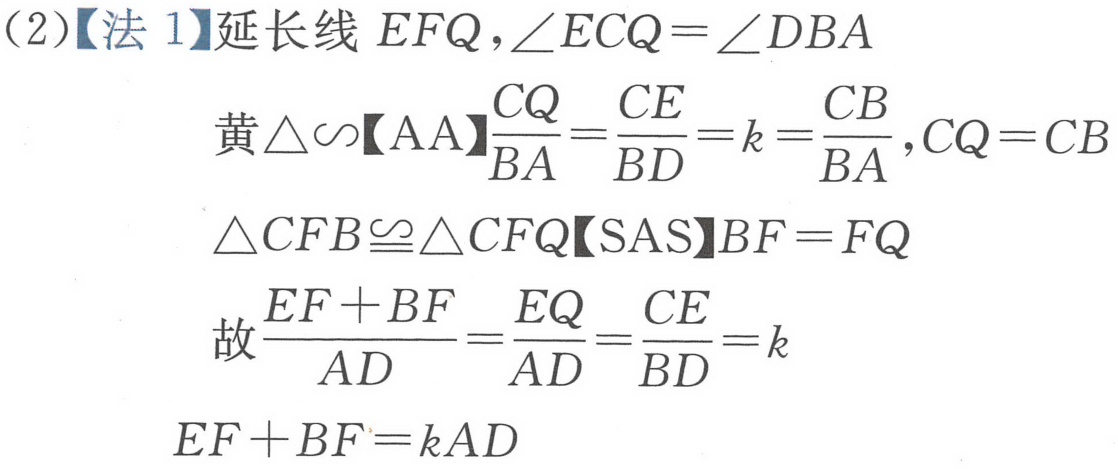
(2)【法1】延长线 \(EFQ\)，\(\angle ECQ=\angle DBA\)
黄\(\triangle\sim\)【AA】\(\dfrac{CQ}{BA}=\dfrac{CE}{BD}=k = \dfrac{CB}{BA}\)，\(CQ = CB\)
\(\triangle CFB\cong\triangle CFQ\)【SAS】\(BF = FQ\)
故\(\dfrac{EF + BF}{AD}=\dfrac{EQ}{AD}=\dfrac{CE}{BD}=k\)
\(EF + BF=kAD\)